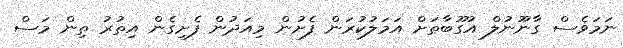
ނަމަވެސް ގާނޫނުލް އުގޫބާތަށް އަމަލުކުރަން ފެށުން މިއަދުން ފެށިގެން އިތުރު ތިން މަސް